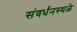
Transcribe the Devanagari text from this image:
संवर्धनस्थळे